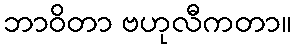
ဘာဝိတာ ဗဟုလီကတာ။